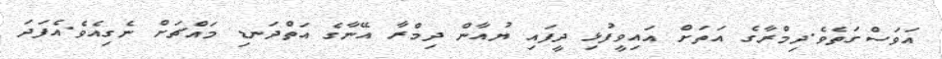
އަވަސްގަތެވެ.ދިމްރާގެ އަތަށް އައިވީފުޅި ދީފައި ޔުއާން ދިމްރާ އޭނާގެ އަތްދަނޑި މައްޗަށް ނެގިއެވެ.އެފަދަ